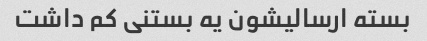
بسته ارسالیشون یه بستنی کم داشت